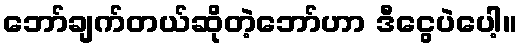
ဘော်ချက်တယ်ဆိုတဲ့ဘော်ဟာ ဒီငွေပဲပေါ့။